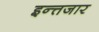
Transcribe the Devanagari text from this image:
इन्त्तजार